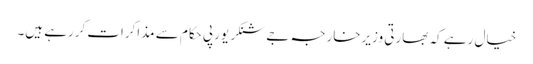
خیال رہے کہ بھارتی وزیرخارجہ جےشنکر یورپی حکام سے مذاکرات کررہے ہیں۔